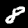
Digit: 8